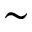
\sim